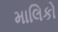
માલિકો